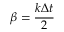
\beta = { \frac { k \Delta t } { 2 } }